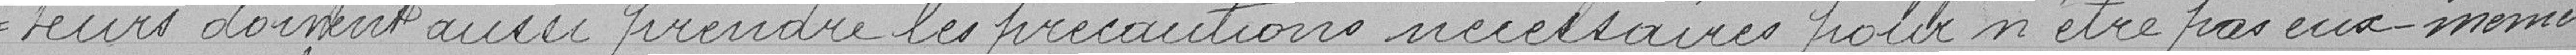
- teurs doivent aussi prendre les précautions nécessaires pour n'être pas eux-mêmes